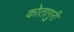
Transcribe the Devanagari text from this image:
कोतागुरी